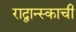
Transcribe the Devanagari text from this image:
राद्वान्स्काची